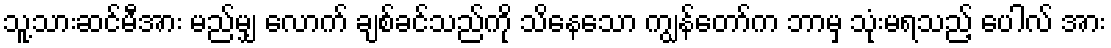
သူ့သားဆင်မီအား မည်မျှ လောက် ချစ်ခင်သည်ကို သိနေသော ကျွန်တော်က ဘာမှ သုံးမရသည့် ပေါလ် အား